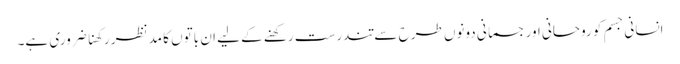
انسانی جسم کو روحانی اور جسمانی دونوں طرح سے تندرست رکھنے کے لیے ان باتوں کا مدنظر رکھنا ضروری ہے۔